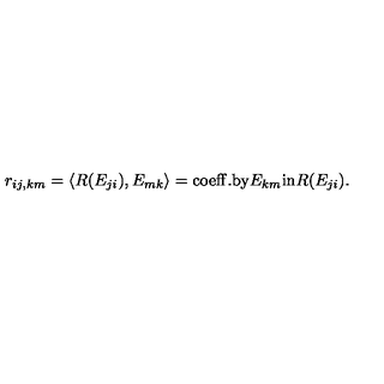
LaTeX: r _ { i j , k m } = \langle R ( E _ { j i } ) , E _ { m k } \rangle = \mathrm { c o e f f . b y } E _ { k m } \mathrm { i n } R ( E _ { j i } ) .